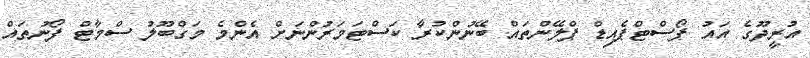
އުރީދޫގެ އައު ޕޯސްޓްޕެއިޑް ޕްލޭންތައް ބޭނުންކުރާ ކަސްޓަމަރުންނަށް އެންމެ މަގްބޫލު ސްމާޓް ފޯނުތައް